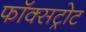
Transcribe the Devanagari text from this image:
फॉक्सट्रोट